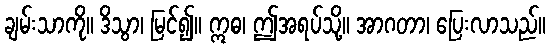
ချမ်းသာကို။ ဒိသွာ၊ မြင်၍။ ဣဓ၊ ဤအရပ်သို့။ အာဂတာ၊ ပြေးလာသည်။